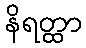
နိရတ္ထာ